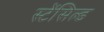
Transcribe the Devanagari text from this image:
स्टेंसिल्ड